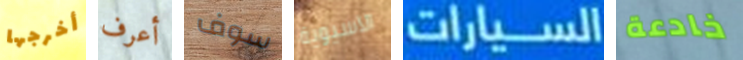
أخرجها أعرف سوف الآسيوية السيارات خادعة